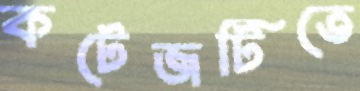
কটেজটিতে